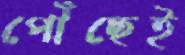
পৌঁছেই